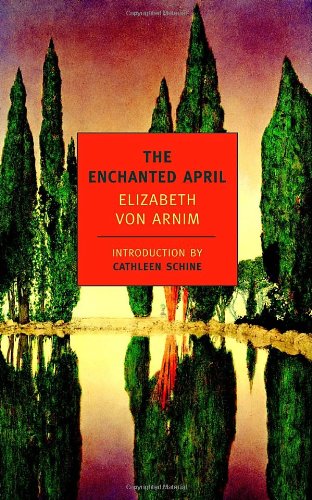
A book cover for The Enchanted April; Elizabeth von Arnim; Literature & Fiction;